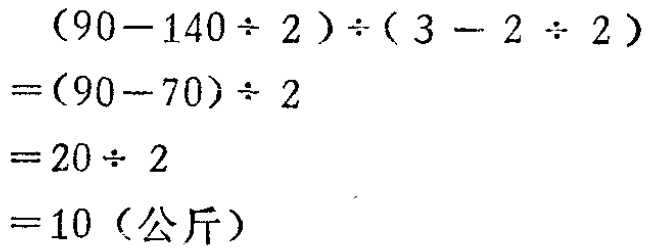
\[
\begin{align*}
&(90 - 140\div2)\div(3 - 2\div2)\\
=&(90 - 70)\div2\\
=&20\div2\\
=&10 \text{（公斤）}
\end{align*}
\]